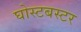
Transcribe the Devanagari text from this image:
घोस्टबस्टर